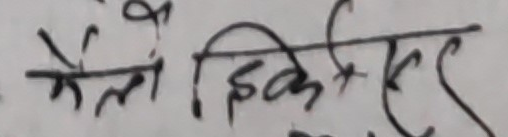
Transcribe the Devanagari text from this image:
मैले हिकेसर